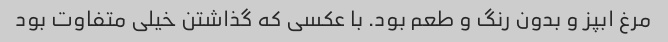
مرغ ابپز و بدون رنگ و طعم بود. با عکسی که گذاشتن خیلی متفاوت بود